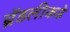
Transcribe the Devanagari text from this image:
ब्रॅडलीकडे